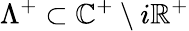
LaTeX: \Lambda^{+}\subset\mathbb{C}^{+}\setminus i\mathbb{R}^{+}